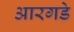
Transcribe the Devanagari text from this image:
आरगडे